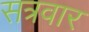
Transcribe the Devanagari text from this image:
सत्रवार